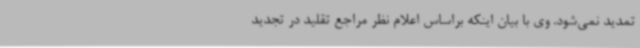
تمدید نمی‌شود. وی با بیان اینکه براساس اعلام نظر مراجع تقلید در تجدید